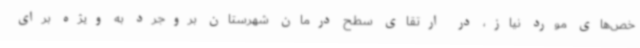
خص‌های مورد نیاز، در ارتقای سطح درمان شهرستان بروجرد به ویژه برای